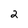
Character: 2